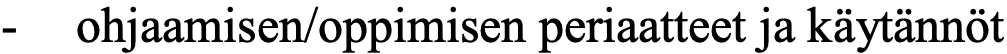
-  ohjaamisen/oppimisen periaatteet ja käytännöt